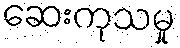
ဆေးကုသမှု